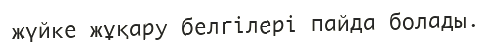
жүйке жұқару белгілері пайда болады.